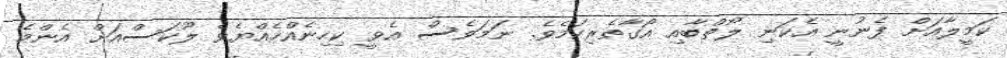
ކަމީލާއަށް ފެނުނީ އެކަނި ލޯތްބާއި އޯގާތެރިކަމެވެ. ނަމަވެސް އެވީ ކިހިނެއްހެއްޔެވެ ލޫކަސްއަށް އެންމެ